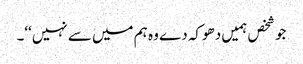
جو شخص ہمیں دھوکہ دے وہ ہم میں سے نہیں‘‘۔